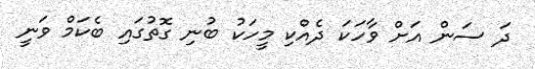
ދަ ސަން އަށް ވާހަކަ ދެއްކި މީހަކު ބުނި ގޮތުގައި ބެކަމް ވަނީ